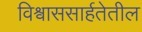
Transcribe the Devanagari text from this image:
विश्वाससार्हतेतील